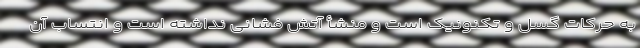
به حرکات گسل و تکنونیک است و منشأ آتش فشانی نداشته است و انتساب آن